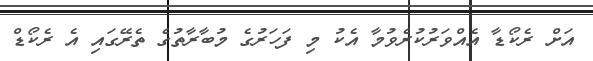
އަށް ރެކޯޑާ އެއްވަރުކުރެވުމާ އެކު މި ފަހަރުގެ މުބާރާތުގެ ތެރޭގައި އެ ރެކޯޑް